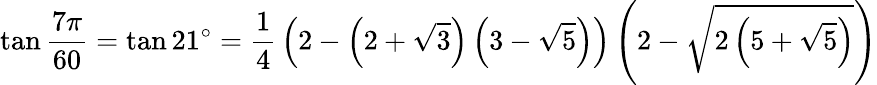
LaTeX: \tan{\frac{7\pi}{60}}=\tan 21^{\circ}={\frac{1}{4}}\left(2-\left(2+{\sqrt{3}}\right)\left(3-{\sqrt{5}}\right)\right)\left(2-{\sqrt{2\left(5+{\sqrt{5}}\right)}}\right)